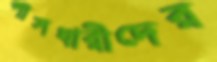
পাসধারীদের